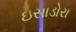
ઇસાડોરા